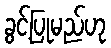
ခွင့်ပြုမည်ဟု